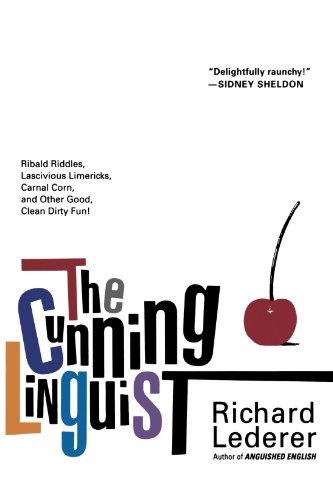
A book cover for The Cunning Linguist: Ribald Riddles, Lascivious Limericks, Carnal Corn, and Other Good, Clean Dirty Fun; Richard Lederer; Humor & Entertainment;